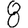
Digit: 8